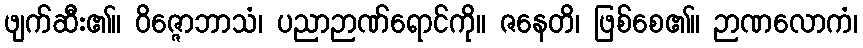
ဖျက်ဆီး၏။ ဝိဇ္ဇောဘာသံ၊ ပညာဉာဏ်ရောင်ကို။ ဇနေတိ၊ ဖြစ်စေ၏။ ဉာဏလောကံ၊